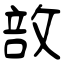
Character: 敨